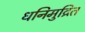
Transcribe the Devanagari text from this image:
धनिमुद्रित